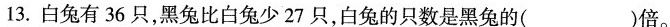
13. 白兔有 36 只，黑兔比白兔少 27 只，白兔的只数是黑兔的( )倍。